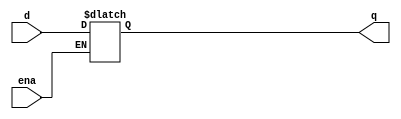
module top_module (
    input d, 
    input ena,
    output q);

    always@(*)
        if(ena)
            // blocking or non-blocking?
            q = d;
endmodule